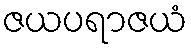
ဇယပရာဇယံ